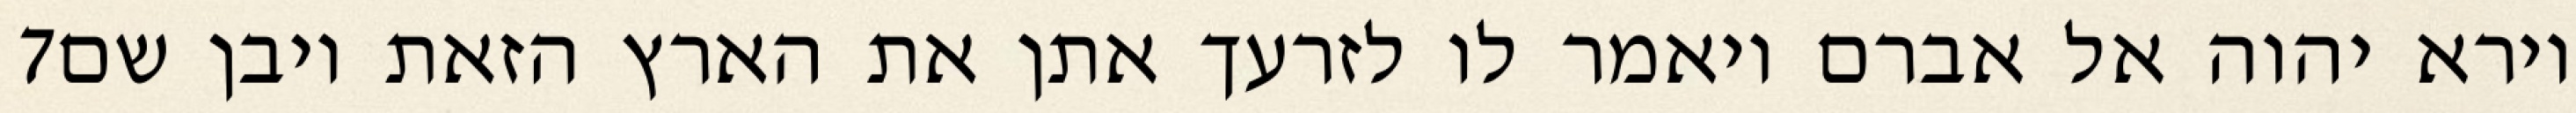
‎7‏ וירא יהוה אל אברם ויאמר לו לזרעך אתן את הארץ הזאת ויבן שם